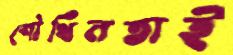
শৌখিনতাই